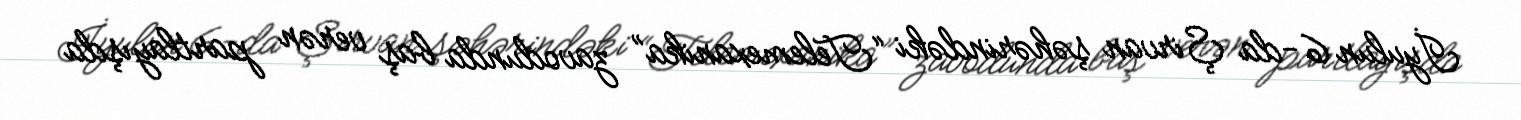
İyulun 6-da Şirvan şəhərindəki “Telemexanika” zavodunda baş verən partlayışda